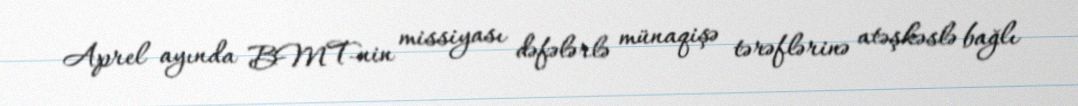
Aprel ayında BMT-nin missiyası dəfələrlə münaqişə tərəflərinə atəşkəslə bağlı